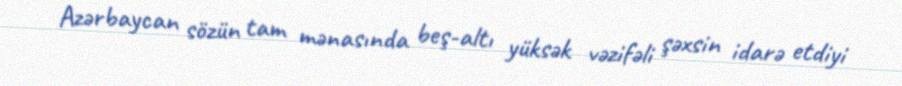
Azərbaycan sözün tam mənasında beş-altı yüksək vəzifəli şəxsin idarə etdiyi